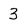
Character: 3